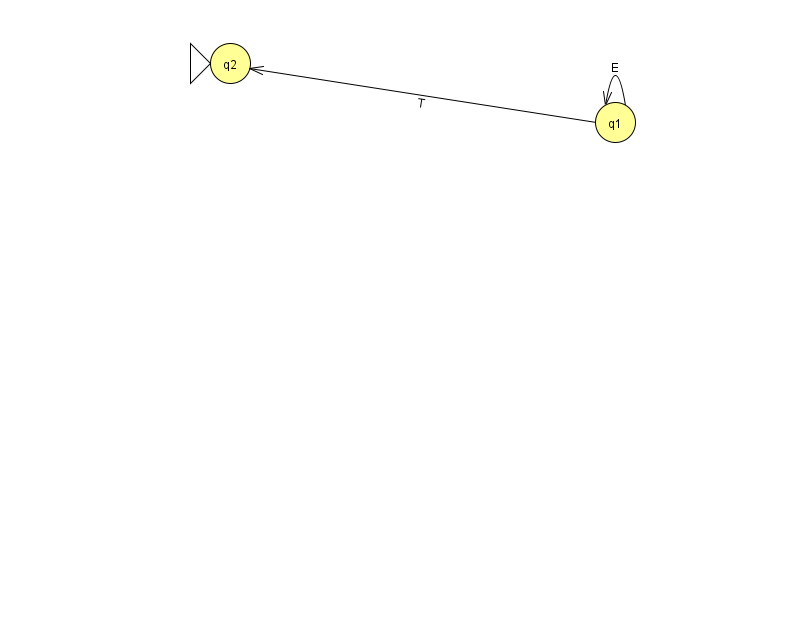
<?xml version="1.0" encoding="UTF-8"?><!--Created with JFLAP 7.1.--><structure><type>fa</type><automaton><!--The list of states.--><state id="1" name="q1"><x>615.0</x><y>109.0</y></state><state id="2" name="q2"><x>230.0</x><y>50.0</y><initial/></state><!--The list of transitions.--><transition><from>1</from><to>1</to><read>E</read></transition><transition><from>1</from><to>2</to><read>T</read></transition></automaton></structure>